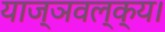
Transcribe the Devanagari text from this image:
याज्ञवल्क्य।